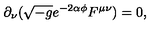
\partial _ { \nu } ( \sqrt { - g } e ^ { - 2 \alpha \phi } F ^ { \mu \nu } ) = 0 ,